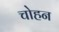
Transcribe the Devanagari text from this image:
चोहन